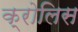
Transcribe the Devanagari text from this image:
क्रोलिस